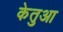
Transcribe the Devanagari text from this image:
केतुआ